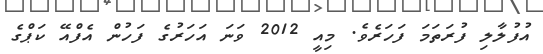
އުފުލާލި ފުރަތަމަ ފަހަރެވެ. މިއީ 2012 ވަނަ އަހަރުގެ ފަހުން އެފްއޭ ކަޕްގެ